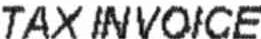
TAX INVOICE